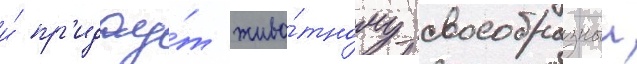
и́ пр'идау́т живо́тному своеобразныи